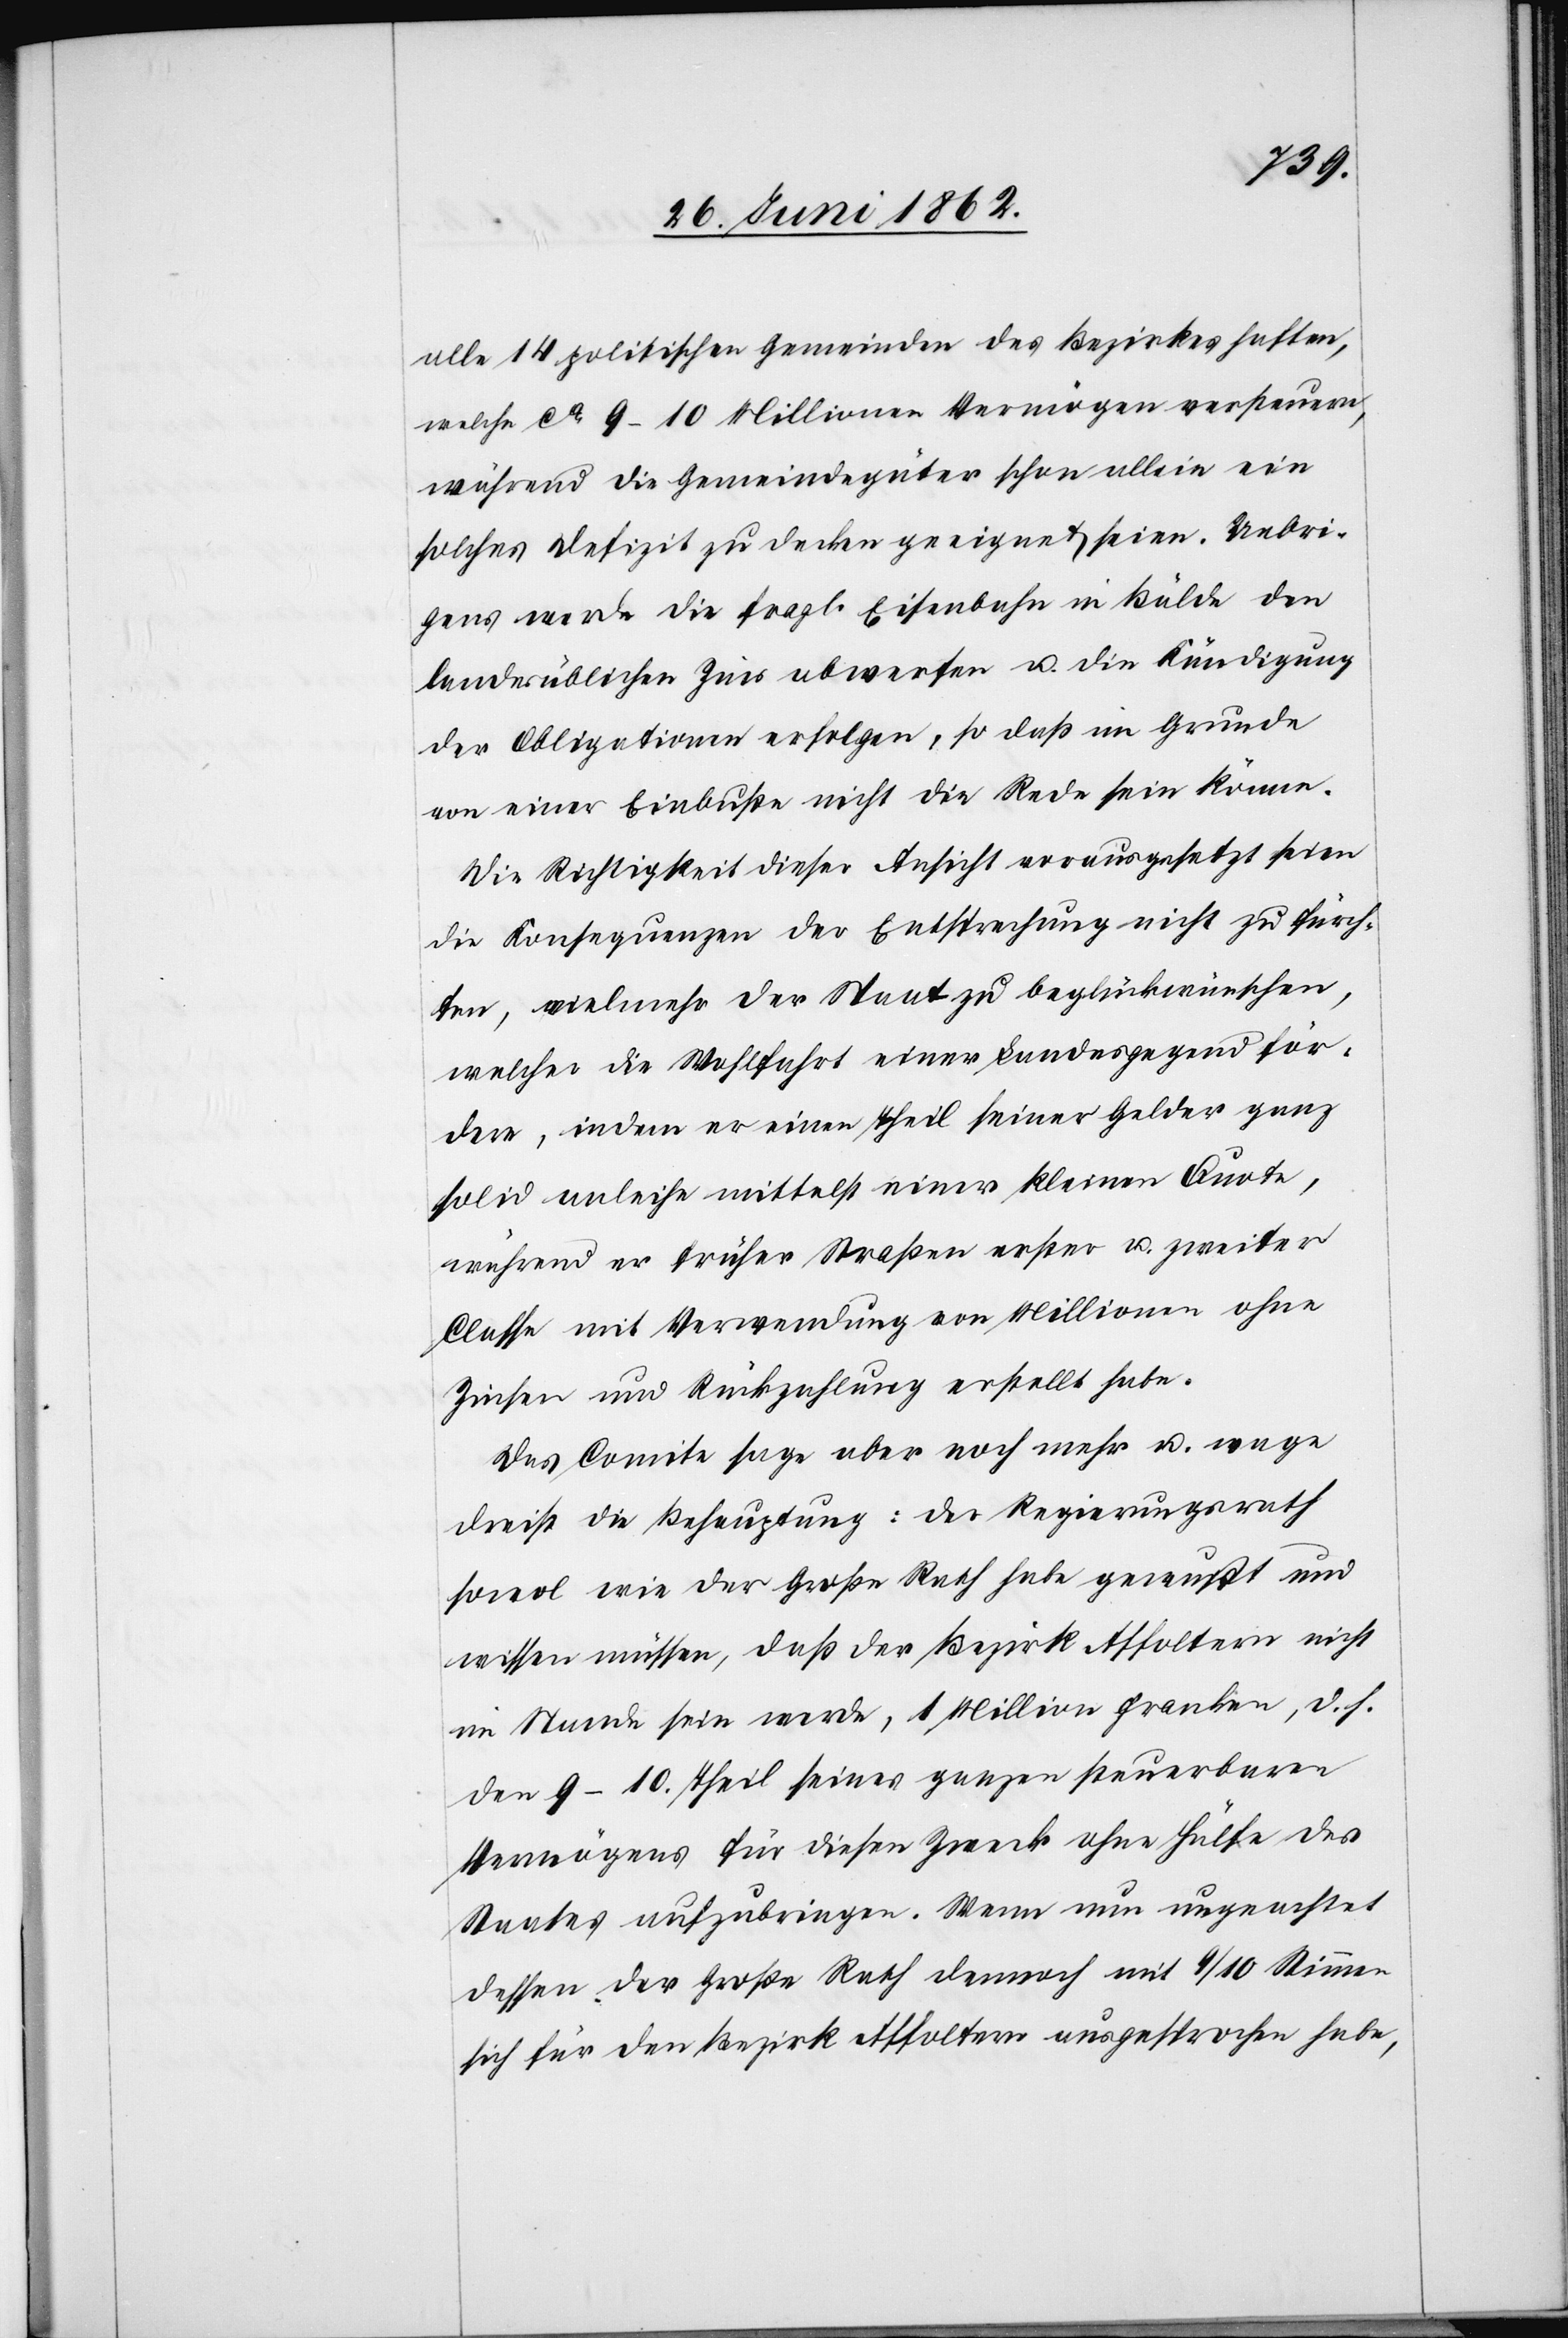
alle 14 politischen Gemeinden des Bezirkes haften,
welche ca 9–10 Millionen Vermögen versteuern,
während die Gemeindegüter schon allein ein
solches Defizit zu decken geeignet seien. Uebri¬
gens werde die fragl. Eisenbahn in Bälde den
landesüblichen Zins abwerfen u. die Kündigung
der Obligationen erfolgen, so daß im Grunde
von einer Einbuße nicht die Rede sein könne.
Die Richtigkeit dieser Ansicht vorausgesetzt seien
die Konsequenzen der Einsprechung nicht zu fürch¬
ten, vielmehr der Staat zu beglückwünschen,
welcher die Wohlfahrt einer Landesgegend för¬
dere, indem er einen Theil seiner Gelder ganz
solid anleihe mittelst einer kleinen Quote,
während er früher Straßen erster u. zweiter
Classe mit Verwendung von Millionen ohne
Zinsen und Rückzahlung erstellt habe.
Das Comite sage aber noch mehr u. wage
dreist die Behauptung: Der Regierungsrath
sowol wie der Große Rath habe gewußt und
wissen müssen, daß der Bezirk Affoltern nicht
im Stande sein werde, 1 Million Franken, d. h.
den 9–10. Theil seines ganzen steuerbaren
Vermögens für diesen Zweck ohne Hülfe des
Staates aufzubringen. Wenn nun ungeachtet
dessen der Große Rath dennoch mit 9/10 Stimmen
sich für den Bezirk Affoltern ausgesprochen habe,